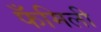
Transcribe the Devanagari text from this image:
फँमिली